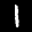
Label: 1